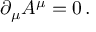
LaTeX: \partial _ { \mu } A ^ { \mu } = 0 \, .